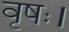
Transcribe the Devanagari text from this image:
वृषः।